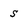
Character: s